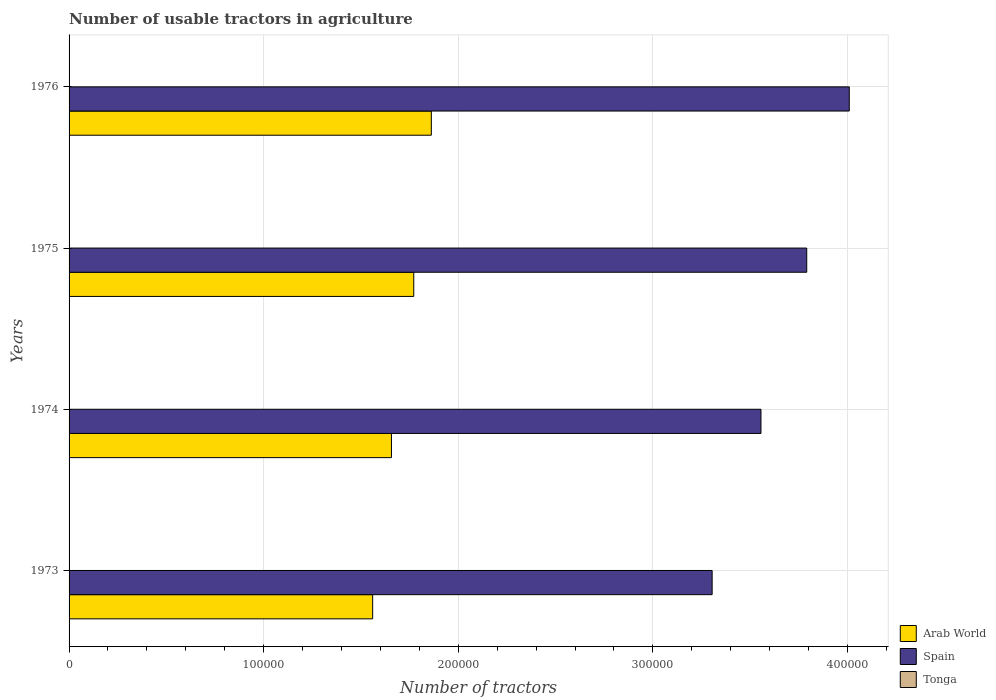
| Years | Arab World | Spain | Tonga |
 | --- | --- | --- | --- |
 | 1973 | 1.56e+05 | 3.3e+05 | 105 |
 | 1974 | 1.66e+05 | 3.56e+05 | 110 |
 | 1975 | 1.77e+05 | 3.79e+05 | 110 |
 | 1976 | 1.86e+05 | 4.01e+05 | 110 |